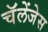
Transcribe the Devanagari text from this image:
चॅलेंजेस